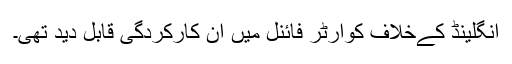
انگلینڈ کےخلاف کوارٹر فائنل میں ان کارکردگی قابلِ دید تھی۔